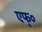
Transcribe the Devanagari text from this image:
एफ्०